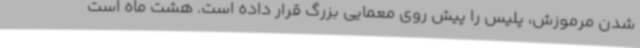
شدن مرموزش، پلیس را پیش روی معمایی بزرگ قرار داده است. هشت ماه است